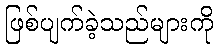
ဖြစ်ပျက်ခဲ့သည်များကို